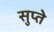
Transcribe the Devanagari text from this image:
सुप्ते